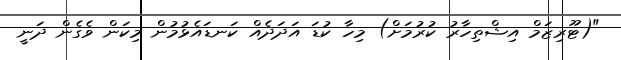
"(ޓޫރިޒަމް އިޝްތިހާރު ކުރުމަށް) މިހާ ކުޑަ އަދަދެއް ކަނޑައެޅުމުން މިކަން ވެގެން ދަނީ